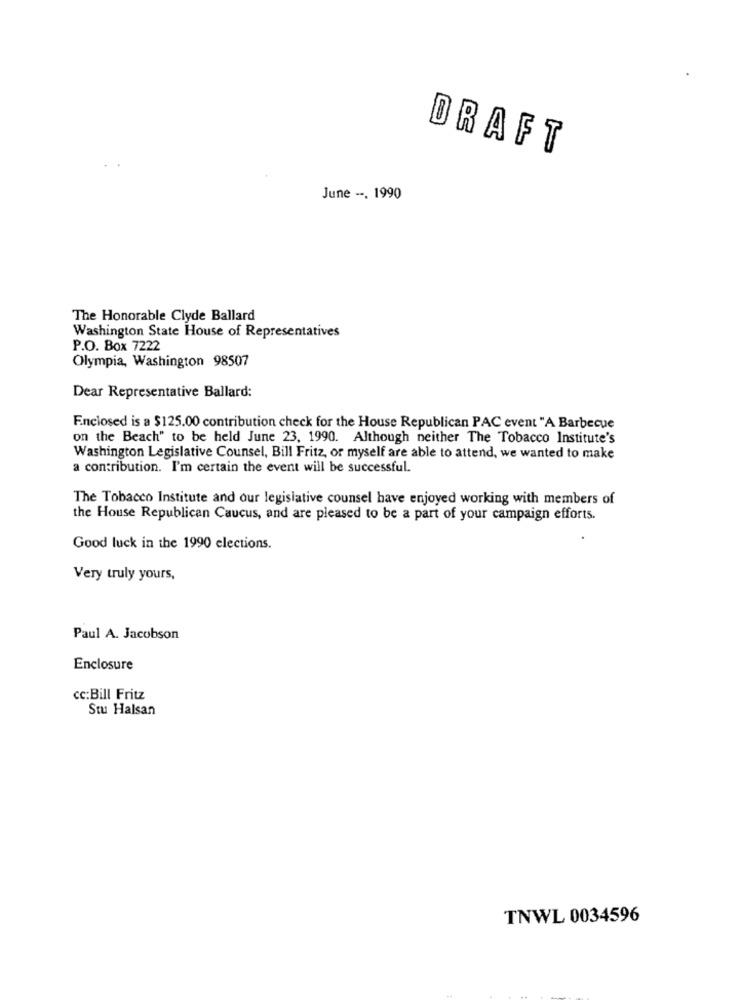
DRAFT
June --. 1990
The Honorable Clyde Ballard
Washington State House of Representatives
P.O. Box 7222
Olympia, Washington 98507
Dear Representative Ballard:
Enclosed is a $125.00 contribution check for the House Republican PAC event "A Barbecue
on the Beach" to be held June 23, 1990. Although neither The Tobacco Institute's
Washington Legislative Counsel, Bill Fritz, or myself are able to attend, we wanted to make
a contribution. I'm certain the event will be successful.
The Tobacco Institute and our legislative counsel have enjoyed working with members of
the House Republican Caucus, and are pleased to be a part of your campaign efforts.
Good luck in the 1990 elections.
Very truly yours,
Paul A. Jacobson
Enclosure
cc:Bill Fritz
Stu Halsan
TNWL 0034596